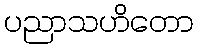
ပညာသဟိတော